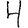
Digit: 4